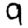
Digit: 9